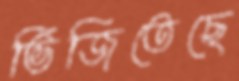
ভিজিতেছে